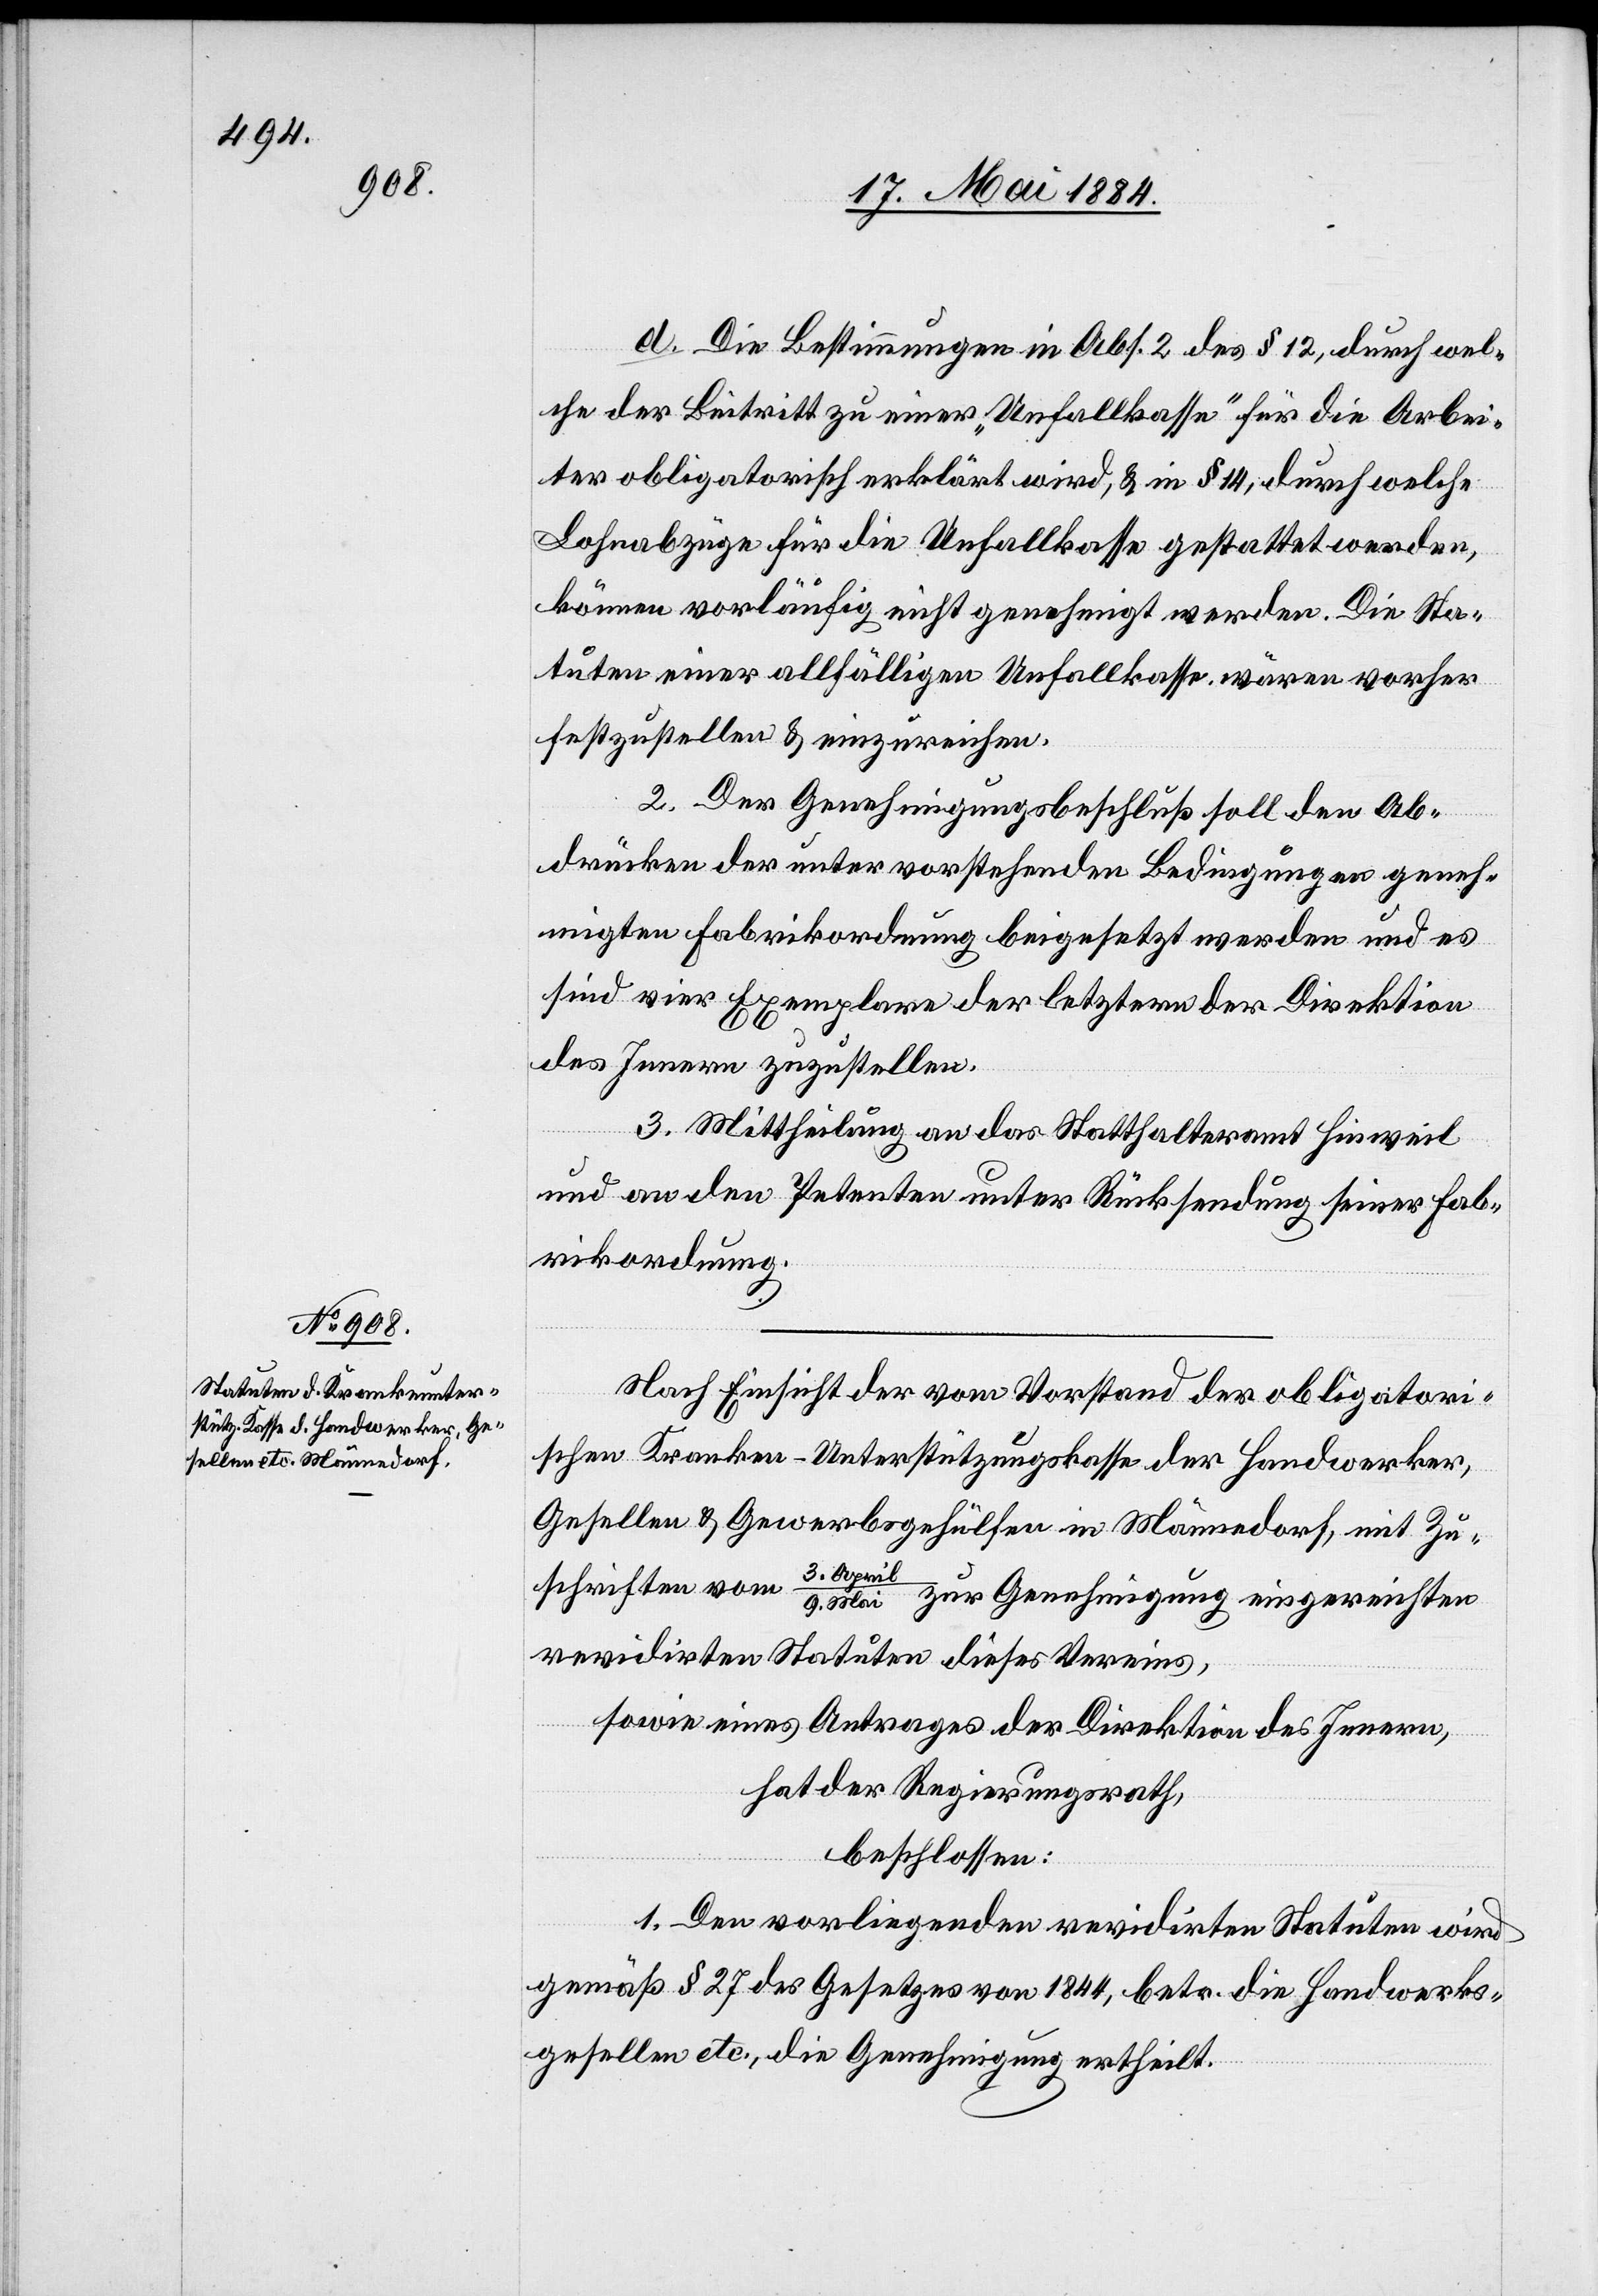
d. Die Bestimmungen in Abs. 2 des § 12, durch wel¬
che der Beitritt zu einer „Unfallkasse“ für die Arbei¬
ter obligatorisch erklärt wird, & in § 14, durch welche
Lohnabzüge für die Unfallkasse gestattet werden,
können vorläufig nicht genehmigt werden. Die Sta¬
tuten einer allfälligen Unfallkasse wären vorher
festzustellen & einzureichen.
2. Der Genehmigungsbeschluß soll den Ab¬
drücken der unter vorstehenden Bedingungen geneh¬
migten Fabrikordnung beigesetzt werden und es
sind vier Exemplare der letztern der Direktion
des Innern zuzustellen.
3. Mittheilung an das Statthalteramt Hinweil
und an den Petenten unter Rücksendung seiner Fab¬
rikordnung.
Nach Einsicht der vom Vorstand der obligatori¬
schen Kranken-Unterstützungskasse der Handwerker,
Gesellen & Gewerbsgehülfen in Männedorf, mit Zu¬
3.
schrift vom
Mai zur Genehmigung eingereichten
revidirten Statuten dieses Vereins,
sowie eines Antrages der Direktion des Innern,
hat der Regierungsrath,
beschlossen:
1. Den vorliegenden revidirten Statuten wird
gemäß § 27 des Gesetzes von 1884, betr. die Handwerks¬
gesellen etc., die Genehmigung ertheilt.